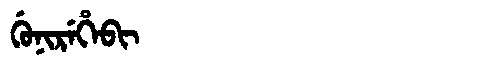
Manchu: ᡤᡠᠨᡳᡵᡝᡥᡝᠪᡳ
Romanization: GUNIREHEBI